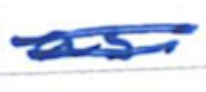
Text: as
Cross-out: double-line
Writing tool: ballpoint